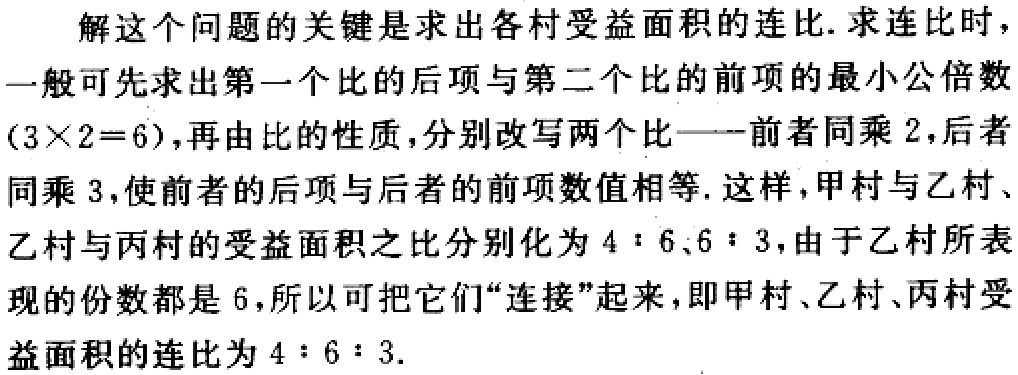
解这个问题的关键是求出各村受益面积的连比.求连比时，一般可先求出第一个比的后项与第二个比的前项的最小公倍数\((3\times2 = 6)\)，再由比的性质，分别改写两个比——前者同乘\(2\)，后者同乘\(3\)，使前者的后项与后者的前项数值相等. 这样，甲村与乙村、乙村与丙村的受益面积之比分别化为\(4:6\)、\(6:3\)，由于乙村所表现的份数都是\(6\)，所以可把它们“连接”起来，即甲村、乙村、丙村受益面积的连比为\(4:6:3\).